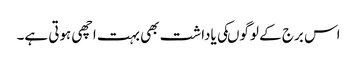
اس برج کے لوگوںکی یاداشت بھی بہت اچھی ہوتی ہے۔